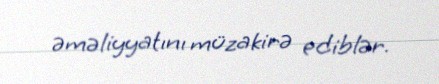
əməliyyatını müzakirə ediblər.